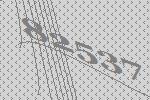
82537